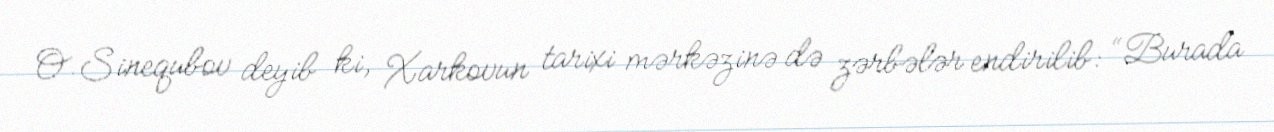
O.Sinequbov deyib ki, Xarkovun tarixi mərkəzinə də zərbələr endirilib: “Burada